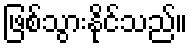
ဖြစ်သွားနိုင်သည်။